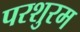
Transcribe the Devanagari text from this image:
परशुरम